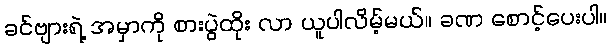
ခင်ဗျားရဲ့ အမှာကို စားပွဲထိုး လာ ယူပါလိမ့်မယ်။ ခဏ စောင့်ပေးပါ။